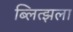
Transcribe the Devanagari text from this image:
ब्लित्झला